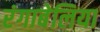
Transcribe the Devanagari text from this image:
रंगाबेलिया